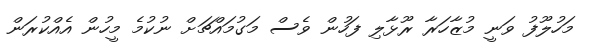
މަހުލޫފު ވަނީ މުޒާހަރާ ރޫޅާލި ފަހުން ވެސް މަގުމައްޗަށް ނުކުމެ މީހުން އެއްކުރަން